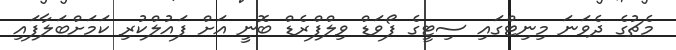
މެޗުގެ ދެވަނަ މިނިޓްގައި ސިޓީގެ ފޯވަޑް ވިލްފްރެޑް ބޮނީ އަށް ފައުލްކުރި ކަމަށްބަލާފައި